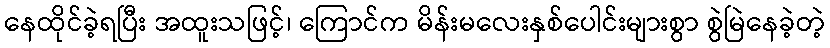
နေထိုင်ခဲ့ရပြီး အထူးသဖြင့်၊ ကြောင်က မိန်းမလေးနှစ်ပေါင်းများစွာ စွဲမြဲနေခဲ့တဲ့